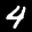
Label: 4